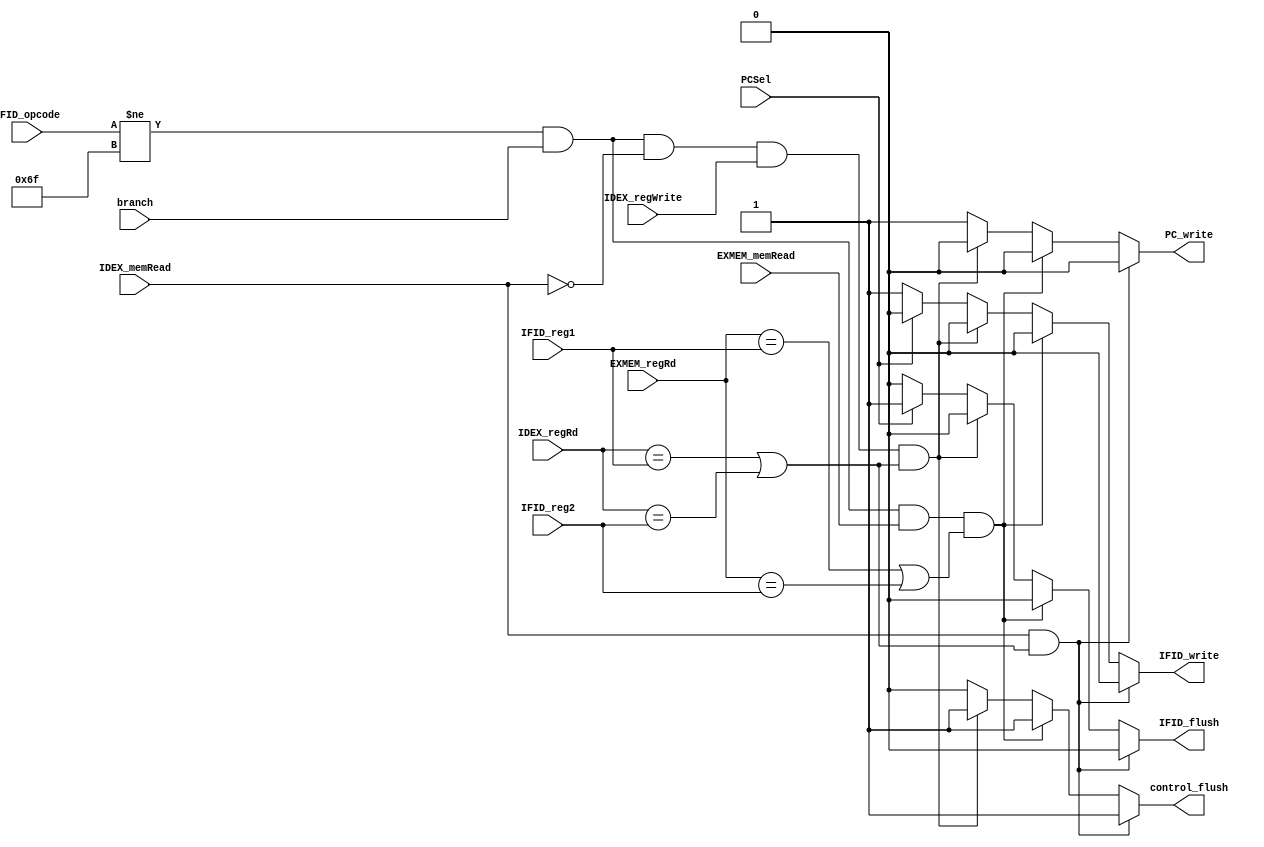
module HazardDetect(
    input [6:0] IFID_opcode,
    input [4:0] IFID_reg1,
    input [4:0] IFID_reg2,
    input [4:0] IDEX_regRd,
    input [4:0] EXMEM_regRd,
    input IDEX_memRead,
    input IDEX_regWrite,
    input EXMEM_memRead,
    input PCSel,
    input branch,
    output reg PC_write,
    output reg IFID_write,
    output reg IFID_flush,
    output reg control_flush
);

always @(*) begin
    // load data hazard
    if (IDEX_memRead==1'b1 && (IDEX_regRd == IFID_reg1 || IDEX_regRd == IFID_reg2)) begin
        PC_write = 1'b0;
        IFID_write = 1'b0;
        IFID_flush = 1'b0;
        control_flush = 1'b1;
    end 
    
    // beq data hazard (load->nop->beq)
    else if (IFID_opcode!=7'b1101111 && branch && EXMEM_memRead==1'b1 && (EXMEM_regRd == IFID_reg1 || EXMEM_regRd == IFID_reg2)) begin
        PC_write = 1'b0;
        IFID_write = 1'b0;
        IFID_flush = 1'b0;
        control_flush = 1'b1;
    end

    // beq data hazard (addi->beq)
    else if (IFID_opcode!=7'b1101111 && branch && IDEX_memRead==1'b0 && IDEX_regWrite==1'b1 && (IDEX_regRd == IFID_reg1 || IDEX_regRd == IFID_reg2)) begin
        PC_write = 1'b0;
        IFID_write = 1'b0;
        IFID_flush = 1'b0;
        control_flush = 1'b1;
    end

    // beq flush (jump)
    else if (PCSel) begin
        PC_write = 1'b1;
        IFID_write = 1'b0;
        IFID_flush = 1'b1;
        control_flush = 1'b0;
    end
    
    else begin
        PC_write = 1'b1;
        IFID_write = 1'b1;
        IFID_flush = 1'b0;
        control_flush = 1'b0;
    end         
end

endmodule